Calcutta medical institutions reports 1892-1900
Year: 1892
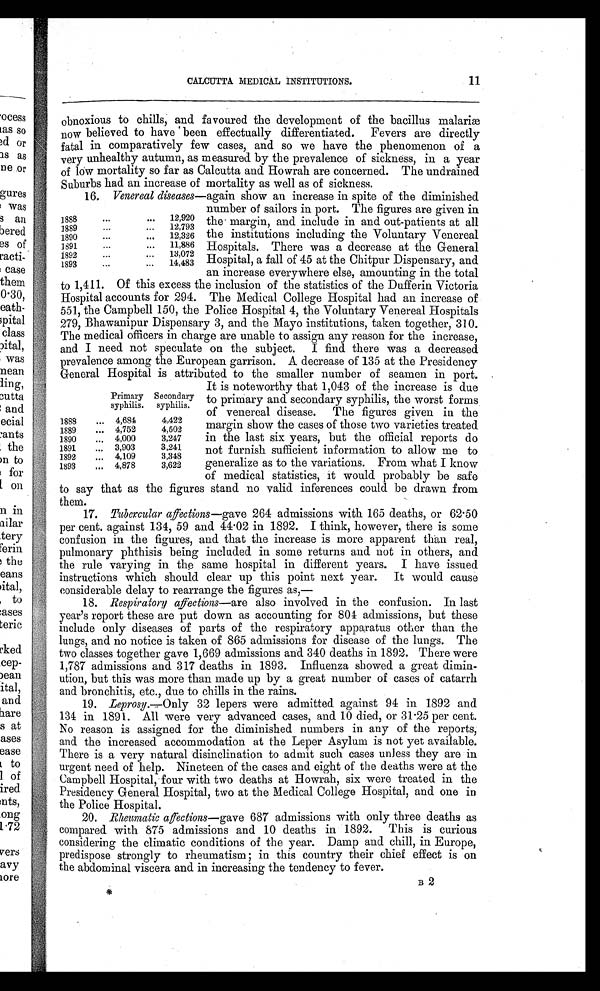
11
CALCUTTA MEDICAL INSTITUTIONS.
obnoxious to chills, and favoured the development of the bacillus malariæ
now believed to have been effectually differentiated. Fevers are directly
fatal in comparatively few cases, and so we have the phenomenon of a
very unhealthy autumn, as measured by the prevalence of sickness, in a year
of low mortality so far as Calcutta and Howrah are concerned. The undrained
Suburbs had an increase of mortality as well as of sickness.
16. Venereal diseases—again show an increase in spite of the diminished
1888
...
...
12,920
1889
...
...
12,793
1890
...
...
12,326
1891
...
...
11,886
1892
...
...
13,072
1893
...
...
14,483
number of sailors in port. The figures are given in
the margin, and include in and out-patients at all
the institutions including the Voluntary Venereal
Hospitals. There was a decrease at the General
Hospital, a fall of 45 at the Chitpur Dispensary, and
an increase everywhere else, amounting in the total
to 1,411. Of this excess the inclusion of the statistics of the Dufferin Victoria
Hospital accounts for 294. The Medical College Hospital had an increase of
551, the Campbell 150, the Police Hospital 4, the Voluntary Venereal Hospitals
279, Bhawanipur Dispensary 3, and the Mayo institutions, taken together, 310.
The medical officers in charge are unable to assign any reason for the increase,
and I need not speculate on the subject. I find there was a decreased
prevalence among the European garrison. A decrease of 135 at the Presidency
General Hospital is attributed to the smaller number of seamen in port.
It is noteworthy that 1,043 of the increase is due
to primary and secondary syphilis, the worst forms
of venereal disease. The figures given in the
margin show the cases of those two varieties treated
in the last six years, but the official reports do
not furnish sufficient information to allow me to
generalize as to the variations. From what I know
of medical statistics, it would probably be safe
to say that as the figures stand no valid inferences could be drawn from
them.
17. Tubercular affections—gave 264 admissions with 165 deaths, or 62.50
per cent. against 134, 59 and 44.02 in 1892. I think, however, there is some
confusion in the figures, and that the increase is more apparent than real,
pulmonary phthisis being included in some returns and not in others, and
the rule varying in the same hospital in different years. I have issued
instructions which should clear up this point next year. It would cause
considerable delay to rearrange the figures as,
—
18. Respiratory affections— are also involved in the confusion. In last
year's report these are put down as accounting for 804 admissions, but these
include only diseases of parts of the respiratory apparatus other than the
lungs, and no notice is taken of 865 admissions for disease of the lungs. The
two classes together gave 1,669 admissions and 340 deaths in 1892. There were
1,787 admissions and 317 deaths in 1893. Influenza showed a great dimin-
ution, but this was more than made up by a great number of cases of catarrh
and bronchitis, etc., due to chills in the rains.
19. Leprosy.—Only 32 lepers were admitted against 94 in 1892 and
134 in 1891. All were very advanced cases, and 10 died, or 31.25 per cent.
No reason is assigned for the diminished numbers in any of the reports,
and the increased accommodation at the Leper Asylum is not yet available.
There is a very natural disinclination to admit such cases unless they are in
urgent need of help. Nineteen of the cases and eight of the deaths were at the
Campbell Hospital, four with two deaths at Howrah, six were treated in the
Presidency General Hospital, two at the Medical College Hospital, and one in
the Police Hospital.
20. Rheumatic affections—gave 687 admissions with only three deaths as
compared with 875 admissions and 10 deaths in 1892. This is curious
considering the climatic conditions of the year. Damp and chill, in Europe,
predispose strongly to rheumatism; in this country their chief effect is on
the abdominal viscera and in increasing the tendency to fever.
Primary
syphilis.
secondary
syphilis.
1888
... 4,684
4,422
1889
... 4,752
4,502
1890
... 4,000
3,247
1891
...
3,903
3,241
1892
... 4,109
3,348
1893
... 4,878
3,622
B 2
*